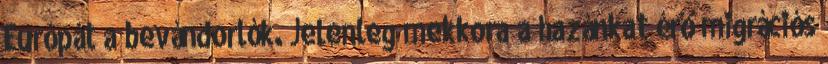
Európát a bevándorlók. Jelenleg mekkora a hazánkat érő migrációs